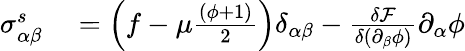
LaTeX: \begin{array}{rl}{\sigma_{\alpha\beta}^{s}}&{{}=\left(f-\mu\frac{(\phi+1)}{2}\right)\delta_{\alpha\beta}-\frac{\delta\mathcal{F}}{\delta\left(\partial_{\beta}\phi\right)}\partial_{\alpha}\phi}\end{array}